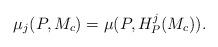
LaTeX: \begin{align*}\mu_j(P, M_c) = \mu(P, H^j_P(M_c)).\end{align*}